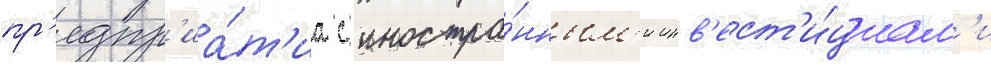
пр'едпр'иа́т'иа с иностра́нным'и инв'ест'и́циам'и